Scottish Certificate of Education, 1963
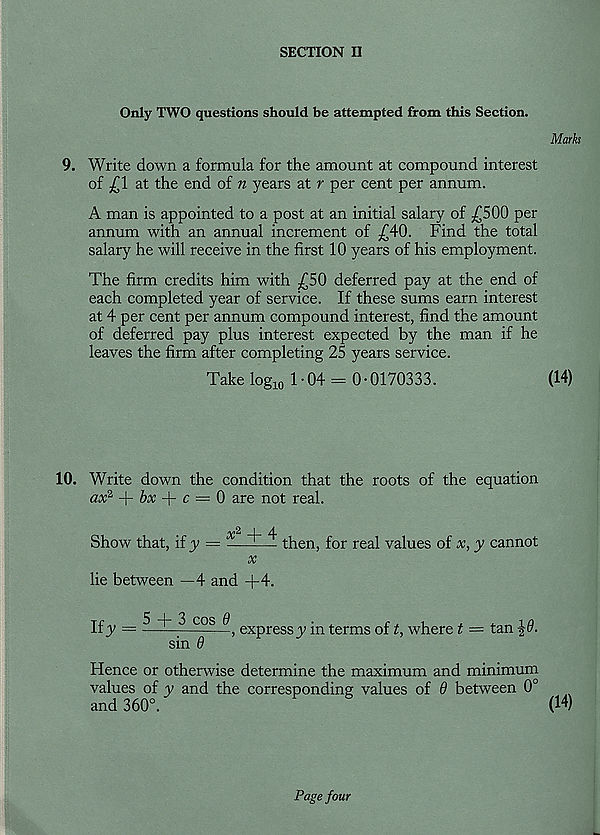
SECTION II
Only TWO questions should be attempted from this Section.
Marks
9. Write down a formula for the amount at compound interest
of £1 at the end of n years at r per cent per annum.
A man is appointed to a post at an initial salary of £500 per
annum with an annual increment of £40. Find the total
salary he will receive in the first 10 years of his employment.
The firm credits him with £50 deferred pay at the end of
each completed year of service. If these sums earn interest
at 4 per cent per annum compound interest, find the amount
of deferred pay plus interest expected by the man if he
leaves the firm after completing 25 years service.
Take log 10 1 ■ 04 = 0 • 0170333.
(14)
10. Write down the condition that the roots of the equation
ax 2 + /jv + c = 0 are not real.
^.2 I A
Show that, if y = ——— then, for real values of x, y cannot
x
lie between —4 and +4.
Ify =
5 + 3 cos 9, eX p ress^ j n terms of t, where t = tan
sin 9
Hence or otherwise determine the maximum and minimum
values of y and the corresponding values of 9 between 0°
and 360°/
(14)
Page four